Civil Veterinary Dept. Bombay admin report 1914-1922 - 1914-1922
Year: 1914
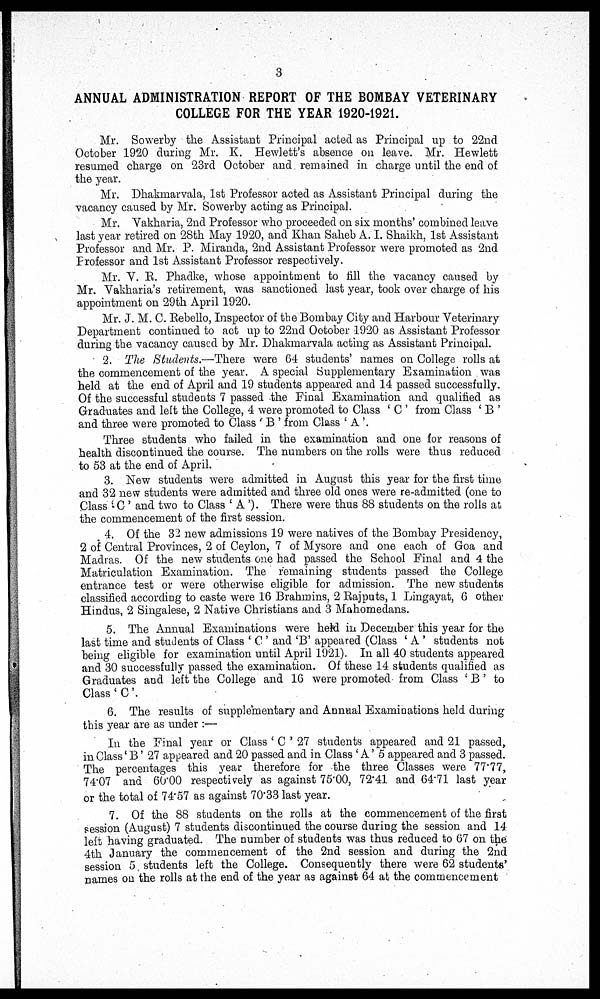
3
ANNUAL ADMINISTRATION REPORT OF THE BOMBAY VETERINARY
COLLEGE FOR THE YEAR 1920-1921.
Mr. Sowerby the Assistant Principal acted as Principal up to 22nd
October 1920 during Mr. K. Hewlett's absence on leave. Mr. Hewlett
resumed charge on 23rd October and remained in charge until the end of
the year.
Mr. Dhakmarvala, 1st Professor acted as Assistant Principal during the
vacancy caused by Mr. Sowerby acting as Principal.
Mr. Vakharia. 2nd Professor who proceeded on six months' combined leave
last year retired on 28th May 1920, and Khan Saheb A. I. Shaikh, 1st Assistant
Professor and Mr. P. Miranda, 2nd Assistant Professor were promoted as 2nd
Professor and 1st Assistant Professor respectively.
Mr. V. R. Phadke, whose appointment to fill the vacancy caused by
Mr. Vakharia's retirement, was sanctioned last year, took over charge of his
appointment on 29th April 1920.
Mr. J. M. C. Rebello, Inspector of the Bombay City and Harbour Veterinary
Department continued to act up to 22nd October 1920 as Assistant Professor
during the vacancy caused by Mr. Dhakmarvala acting as Assistant Principal.
2. The Students.—There were 64 students' names on College rolls at
the commencement of the year. A special Supplementary Examination was
held at the end of April and 19 students appeared and 14 passed successfully.
Of the successful students 7 passed the Final Examination and qualified as
Graduates and left the College, 4 were promoted to Class 'C' from Class 'B'
and three were promoted to Class 'B' from Class 'A'.
Three students who failed in the examination and one for reasons of
health discontinued the course. The numbers on the rolls were thus reduced
to 53 at the end of April.
3. New students were admitted in August this year for the first time
and 32 new students were admitted and three old ones were re-admitted (one to
Class 'C' and two to Class 'A'). There were thus 88 students on the rolls at
the commencement of the first session.
4. Of the 32 new admissions 19 were natives of the Bombay Presidency,
2 of Central Provinces, 2 of Ceylon, 7 of Mysore and one each of Goa and
Madras. Of the new students one had passed the School Final and 4 the
Matriculation Examination. The remaining students passed the College
entrance test or were otherwise eligible for admission. The new students
classified according to caste were 16 Brahmins, 2 Rajputs, 1 Lingayat, 6 other
Hindus, 2 Singalese, 2 Native Christians and 3 Mahomedans.
5. The Annual Examinations were held in December this year for the
last time and students of Class 'C' and 'B' appeared (Class 'A' students not
being eligible for examination until April 1921). In all 40 students appeared
and 30 successfully passed the examination. Of these 14 students qualified as
Graduates and left the College and 16 were promoted- from Class 'B' to
Class 'C'.
6. The results of supplementary and Annual Examinations held during
this year are as under:—
In the Final year or Class 'C' 27 students appeared and 21 passed,
in Class 'B' 27 appeared and 20 passed and in Class 'A' 5 appeared and 3 passed.
The percentages this year therefore for the three Classes were 77.77,
74.07 and 60.00 respectively as against 75.00, 72.41 and 64.71 last year
or the total of 74.57 as against 70.33 last year.
7. Of the 88 students on the rolls at the commencement of the first
session (August) 7 students discontinued the course during the session and 14
left having graduated. The number of students was thus reduced to 67 on the
4th January the commencement of the 2nd session and during the 2nd
session 5 students left the College. Consequently there were 62 students'
names on the rolls at the end of the year as against 64 at the commencement